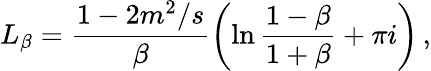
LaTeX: L_{\beta}=\frac{1-2m^{2}/s}{\beta}\left(\ln\frac{1-\beta}{1+\beta}+\pi i\right)\, ,